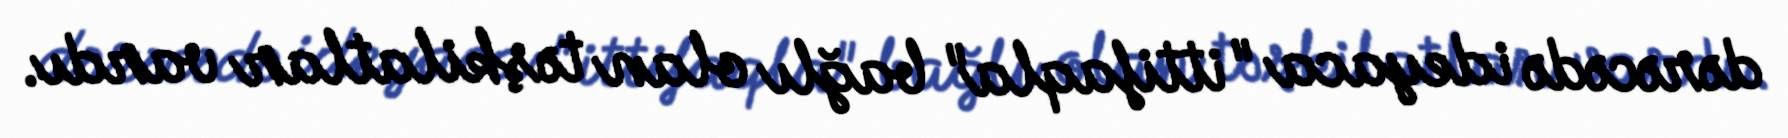
dərəcədə ideyaca "ittifaqla" bağlı olan təşkilatlar vardı.